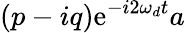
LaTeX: (p-iq)\mathrm{e}^{-i2\omega_{d}t}a